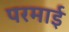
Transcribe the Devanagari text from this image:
परमाई